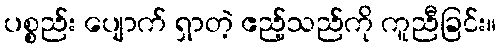
ပစ္စည်း ပျောက် ရှာတဲ့ ဧည့်သည်ကို ကူညီခြင်း။